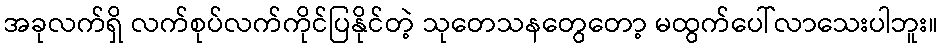
အခုလက်ရှိ လက်စုပ်လက်ကိုင်ပြနိုင်တဲ့ သုတေသနတွေတော့ မထွက်ပေါ်လာသေးပါဘူး။